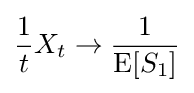
{\frac {1}{t}}X_{t}\to {\frac {1}{\operatorname {E} [S_{1}]}}